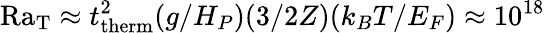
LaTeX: \mathrm{Ra_{T}}\approx t_{\mathrm{therm}}^{2}(g/H_{P})(3/2Z)(k_{B}T/E_{F})\approx 10^{18}